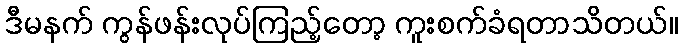
ဒီမနက် ကွန်ဖန်းလုပ်ကြည့်တော့ ကူးစက်ခံရတာသိတယ်။